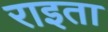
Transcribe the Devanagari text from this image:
राइता